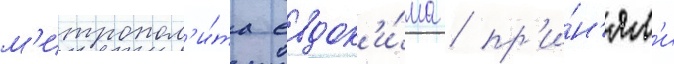
м'итропол'и́та евдок'и́ма / пр'и́н'ял'и